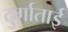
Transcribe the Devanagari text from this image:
दुर्गाताई